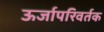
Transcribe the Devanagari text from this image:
ऊर्जापरिवर्तक